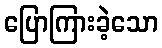
ပြောကြားခဲ့သော